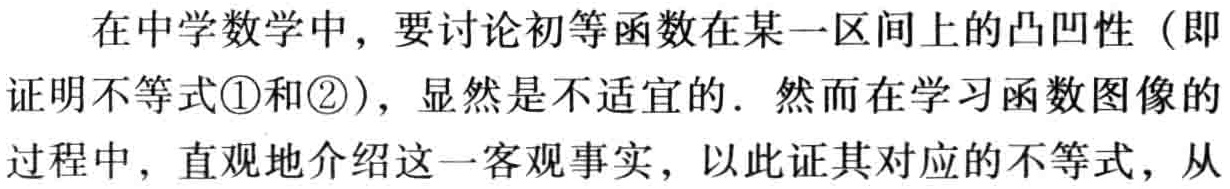
在中学数学中，要讨论初等函数在某一区间上的凸凹性（即证明不等式\textcircled{1}和\textcircled{2}），显然是不适宜的．然而在学习函数图像的过程中，直观地介绍这一客观事实，以此证其对应的不等式，从